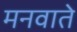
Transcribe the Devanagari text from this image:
मनवाते